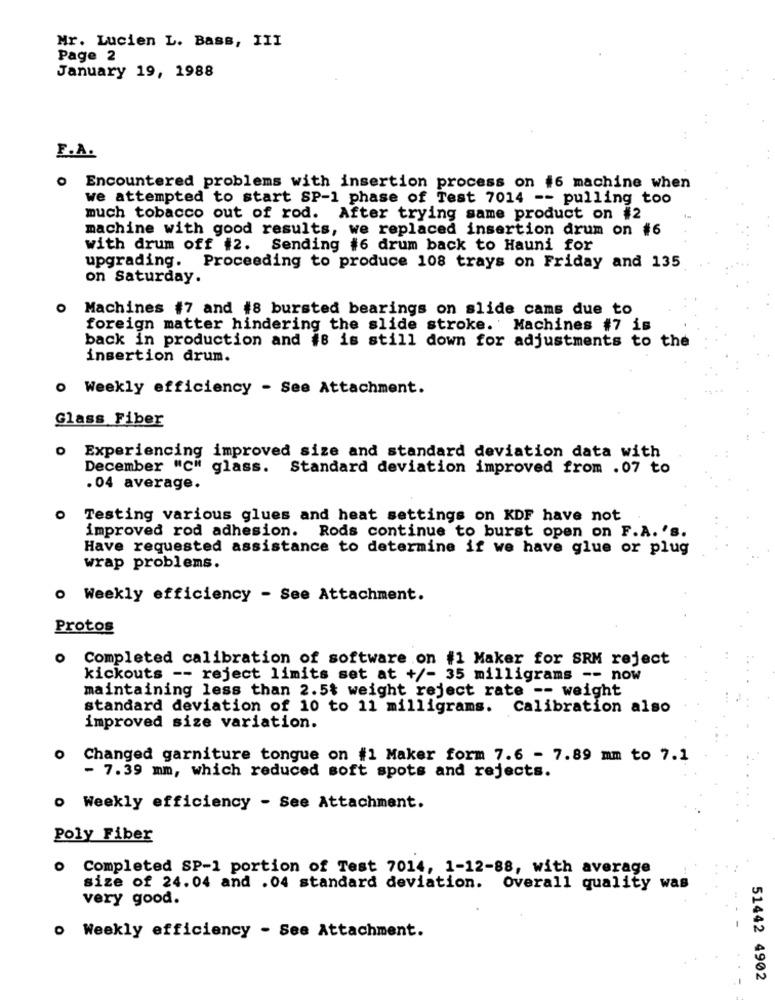
Mr. Lucien L. Bass, III
Page 2
January 19, 1988
F.A.
o Encountered problems with insertion process on #6 machine when
we attempted to start SP-1 phase of Test 7014 -- pulling too
much tobacco out of rod. After trying same product on #2
machine with good results, we replaced insertion drum on #6
with drum off #2. Sending #6 drum back to Hauni for
upgrading. Proceeding to produce 108 trays on Friday and 135
on Saturday.
Machines #7 and #8 bursted bearings on slide cams due to
foreign matter hindering the slide stroke. Machines #7 is
back in production and #8 is still down for adjustments to the
insertion drum.
o Weekly efficiency - See Attachment.
Glass Fiber
o Experiencing improved size and standard deviation data with
December "C" glass. Standard deviation improved from .07 to
.04 average.
Testing various glues and heat settings on KDF have not
improved rod adhesion. Rods continue to burst open on F.A. 's.
Have requested assistance to determine if we have glue or plug
wrap problems.
o Weekly efficiency - See Attachment.
Protos
O
Completed calibration of software on #1 Maker for SRM reject
kickouts -- reject limits set at +/- 35 milligrams -- now
maintaining less than 2.5$ weight reject rate -- weight
standard deviation of 10 to 11 milligrams. Calibration also
improved size variation.
0
Changed garniture tongue on #1 Maker form 7.6 - 7.89 mm to 7.1
- 7.39 mm, which reduced soft spots and rejects.
o Weekly efficiency - See Attachment.
Poly Fiber
. Completed SP-1 portion of Test 7014, 1-12-88, with average
size of 24.04 and .04 standard deviation. Overall quality was
very good.
o Weekly efficiency - See Attachment.
51442 4902